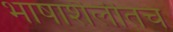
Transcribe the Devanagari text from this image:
भाषाशैलीतच